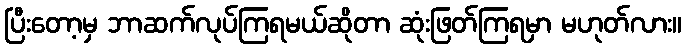
ပြီးတော့မှ ဘာဆက်လုပ်ကြရမယ်ဆိုတာ ဆုံးဖြတ်ကြရမှာ မဟုတ်လား။